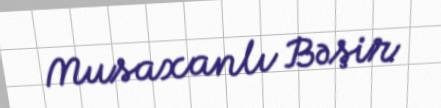
Musaxanlı Bəşir